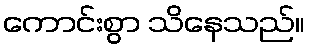
ကောင်းစွာ သိနေသည်။